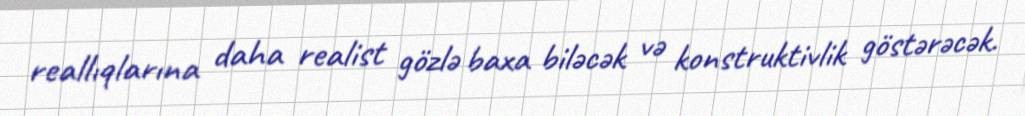
reallıqlarına daha realist gözlə baxa biləcək və konstruktivlik göstərəcək.